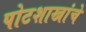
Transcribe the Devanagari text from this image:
पोटशाखांचे